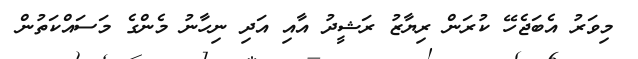
މިވަރު އެބަޖެހޭ ކުރަން ރިޔާޒު ރަޝީދު އާއި އަދި ނިހާނު މެންގެ މަސައްކަތުން